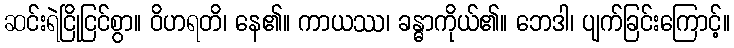
ဆင်းရဲငြိုငြင်စွာ။ ဝိဟရတိ၊ နေ၏။ ကာယဿ၊ ခန္ဓာကိုယ်၏။ ဘေဒါ၊ ပျက်ခြင်းကြောင့်။